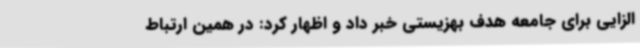
الزایی برای جامعه هدف بهزیستی خبر داد و اظهار کرد: در همین ارتباط